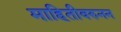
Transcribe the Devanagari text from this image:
माहितीवरुनन